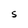
Character: S